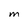
Character: M